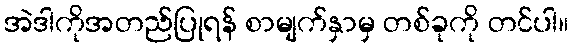
အဲဒါကိုအတည်ပြုရန် စာမျက်နှာမှ တစ်ခုကို တင်ပါ။